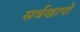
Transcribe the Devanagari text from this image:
सर्वखापों